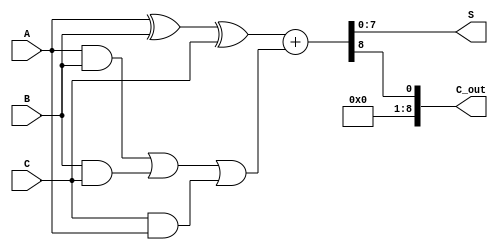
module CarrySaveAdder #(parameter n = 8) (
    input  wire [n-1:0] A, // n-bit input A
    input  wire [n-1:0] B, // n-bit input B
    input  wire [n-1:0] C, // n-bit input C
    output wire [n-1:0] S, // Sum output
    output wire [n:0] C_out // Carry output
);

// Carry Save Stage
wire [n-1:0] partial_sum;
wire [n-1:0] carry;

// Calculate the partial sum using XOR
assign partial_sum = A ^ B ^ C;

// Calculate the carry using the majority function
assign carry = (A & B) | (B & C) | (C & A);

// Carry Propagation Stage
wire [n:0] final_carry;
wire [n-1:0] final_sum;

// Adding the partial sum and carry to get the final sum
assign {final_carry, final_sum} = {1'b0, partial_sum} + {1'b0, carry};

// Assign final outputs
assign S = final_sum;
assign C_out = final_carry;

endmodule